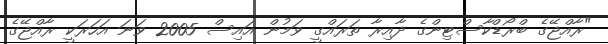
"ރާއްޖޭގެ ބްރޯޑްކާސްޓިންގެ ދާއިރާ ތަރައްގީ ވަމުން އައިސް 2005 ވަނަ އަހަރަކީ ރާއްޖޭގެ